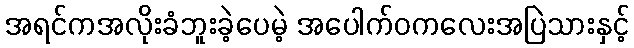
အရင်ကအလိုးခံဘူးခဲ့ပေမဲ့ အပေါက်ဝကလေးအပြဲသားနှင့်